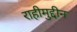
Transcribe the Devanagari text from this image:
राहीमुद्दीन